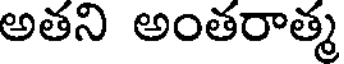
అతని అంతరాత్మ